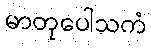
မာတုပေါသကံ